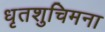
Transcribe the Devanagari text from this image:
धृतशुचिमना